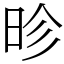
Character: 昣